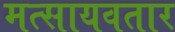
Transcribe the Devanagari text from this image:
मत्सायवतार